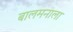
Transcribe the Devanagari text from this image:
बालमनाला